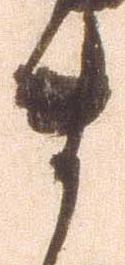
ま